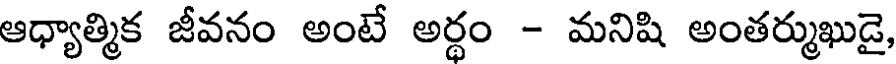
ఆధ్యాత్మిక జీవనం అంటే అర్థం - మనిషి అంతర్ముఖుడై,